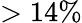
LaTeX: >14\%